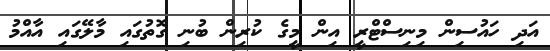
އަދި ހައުސިން މިނިސްޓްރީ އިން މީގެ ކުރިން ބުނި ގޮތުގައި މާލޭގައި އާއްމު